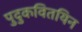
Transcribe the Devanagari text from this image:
पुदुकवितयिन